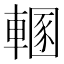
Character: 𨍲